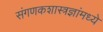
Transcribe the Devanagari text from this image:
संगणकशास्त्रज्ञांमध्ये